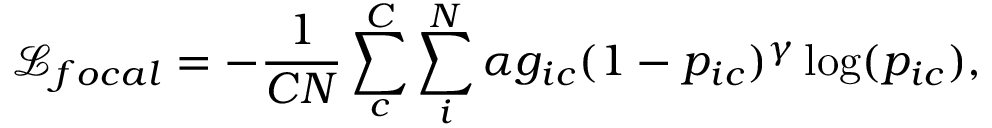
\mathcal { L } _ { f o c a l } = - \frac { 1 } { C N } \sum _ { c } ^ { C } \sum _ { i } ^ { N } \alpha g _ { i c } ( 1 - p _ { i c } ) ^ { \gamma } \log ( p _ { i c } ) ,